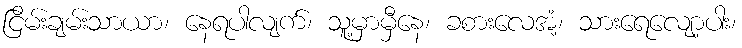
ငြိမ်းချမ်းသာယာ၊ နေရပါလျက်၊ သူ့မှာမှီနေ၊ ခစားလေအံ့၊ သားရေလျော့ပါး၊